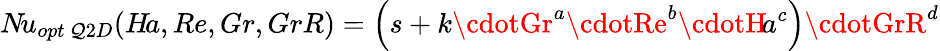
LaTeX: N\! u_{opt\ \mathcal{Q}2D}(H\! a,Re,Gr,GrR)=\left(s+k\cdotGr^{a}\cdotRe^{b}\cdotH\! a^{c}\right)\cdotGrR^{d}